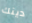
دينك